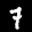
Label: 7